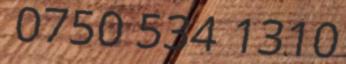
0750 534 1310